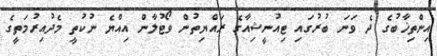
އިންތިޚާބުގެ ދެ ވަނަ ބުރުގައި ޓިއުނީޝިއާގެ ރައްޔިތުން ވޯޓުލާން އިއްޔެ ނުކުތީ މެދުއިރުމަތީގެ